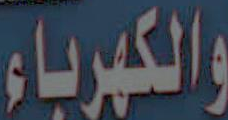
والكهرباء